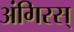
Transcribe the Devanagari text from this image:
अंगिरस्‌